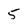
Character: 5